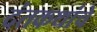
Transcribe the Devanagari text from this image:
दंतकथांचे